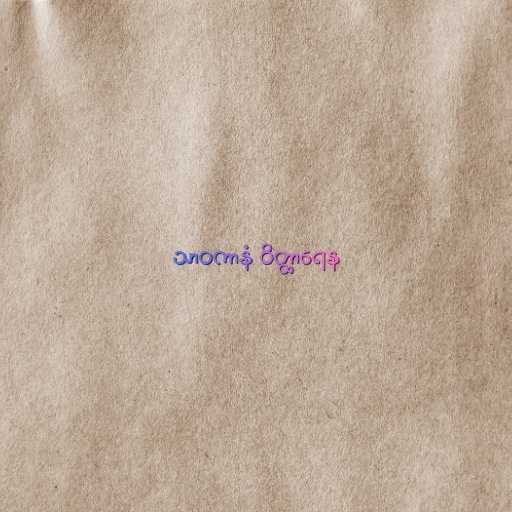
သာဝကာနံ ဝိတ္ထာရေန